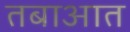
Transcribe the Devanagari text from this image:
तबाआत